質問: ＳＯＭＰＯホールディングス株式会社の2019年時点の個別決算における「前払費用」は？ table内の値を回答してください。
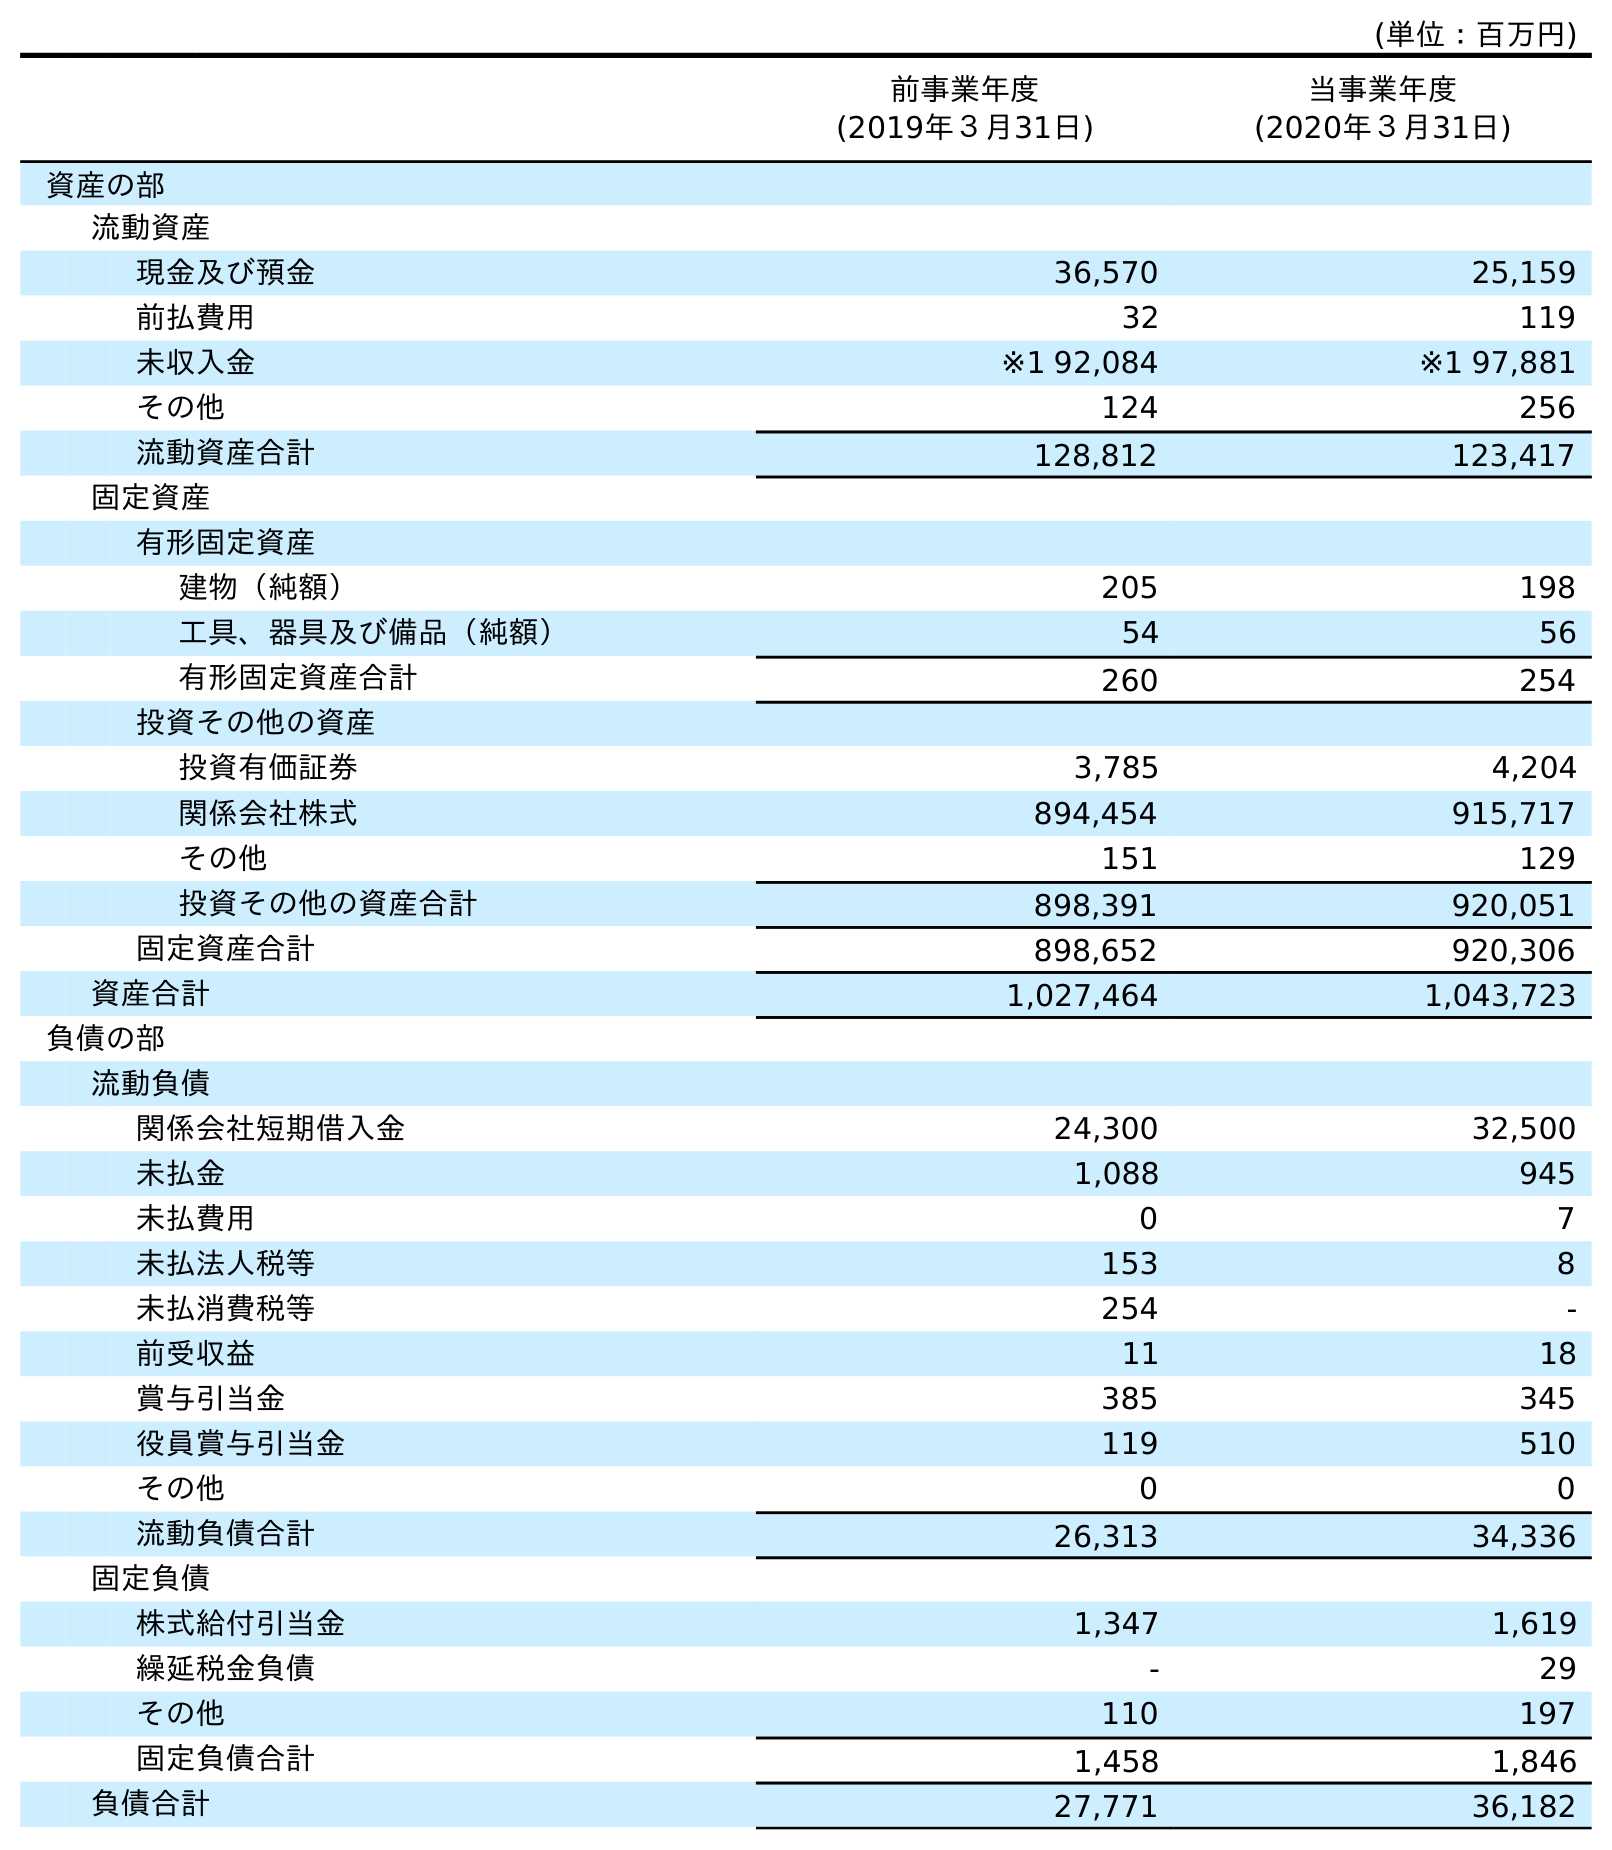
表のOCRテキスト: (単位：百万円) 前事業年度 (2019年３月31日) 当事業年度 (2020年３月31日) 資産の部 流動資産 現金及び預金 36,570 25,159 前払費用 32 119 未収入金 ※1 92,084 ※1 97,881 その他 124 256 流動資産合計 128,812 123,417 固定資産 有形固定資産 建物（純額） 205 198 工具、器具及び備品（純額） 54 56 有形固定資産合計 260 254 投資その他の資産 投資有価証券 3,785 4,204 関係会社株式 894,454 915,717 その他 151 129 投資その他の資産合計 898,391 920,051 固定資産合計 898,652 920,306 資産合計 1,027,464 1,043,723 負債の部 流動負債 関係会社短期借入金 24,300 32,500 未払金 1,088 945 未払費用 0 7 未払法人税等 153 8 未払消費税等 254 - 前受収益 11 18 賞与引当金 385 345 役員賞与引当金 119 510 その他 0 0 流動負債合計 26,313 34,336 固定負債 株式給付引当金 1,347 1,619 繰延税金負債 - 29 その他 110 197 固定負債合計 1,458 1,846 負債合計 27,771 36,182
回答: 32